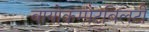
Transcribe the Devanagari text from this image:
बायोकम्पैटबिलटी